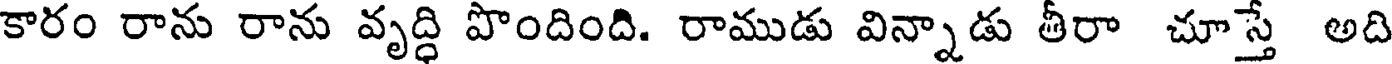
కారం రాను రాను వృద్ధి పొందింది. రాముడు విన్నాడు తీరా చూస్తే అది